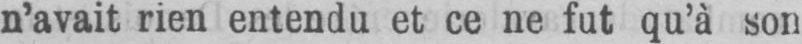
n’avait rien entendu et ce ne fut qu’à son